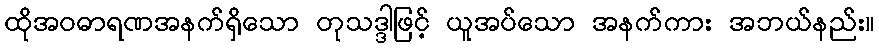
ထိုအဝဓာရဏအနက်ရှိသော တုသဒ္ဒါဖြင့် ယူအပ်သော အနက်ကား အဘယ်နည်း။